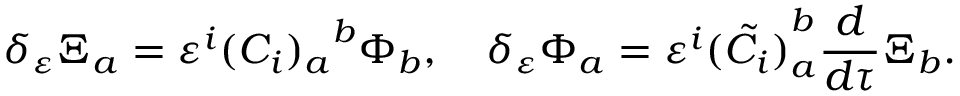
\delta _ { \varepsilon } \Xi _ { a } = \varepsilon ^ { i } { ( C _ { i } ) _ { a } } ^ { b } \Phi _ { b } , \quad \delta _ { \varepsilon } \Phi _ { a } = \varepsilon ^ { i } { ( \tilde { C } _ { i } ) } _ { a } ^ { b } \frac { d } { d \tau } { \Xi } _ { b } .